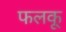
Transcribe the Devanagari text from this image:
फलकू